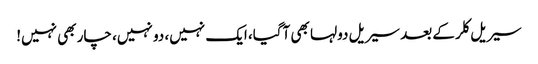
سیریل کلر کے بعد سیریل دولہا بھی آگیا، ایک نہیں، دو نہیں، چار بھی نہیں!